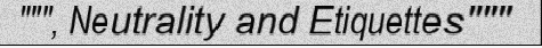
""", Neutrality and Etiquettes"""